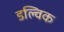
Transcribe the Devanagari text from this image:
डल्विक